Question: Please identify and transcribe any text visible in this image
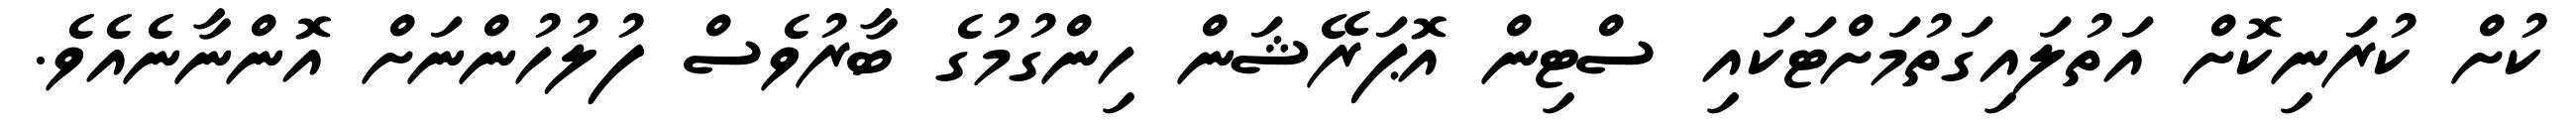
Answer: ކުށް ކުރަނިކޮށް އަތުލައިގަތުމަށްޓަކައި ސްޓިން އޮޕަރޭޝަން ހިންގުމުގެ ބާރުވެސް ފުލުހުންނަށް އޮންނާނެއެވެ.